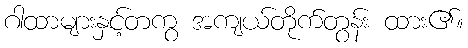
ဂါထာများနှင့်တကွ အကျယ်တိုက်တွန်း ထား၏။